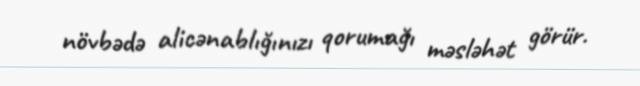
növbədə alicənablığınızı qorumağı məsləhət görür.